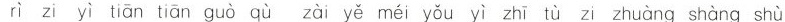
rì zi yì tiān tiān guò qù zài yě méi yǒu yì zhī tù zi zhuàng shàng shù